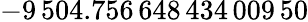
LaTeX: -9\, 504.756\, 648\, 434\, 009\, 50